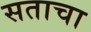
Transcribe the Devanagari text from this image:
सताचा